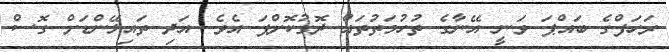
ރަހަފްގެ ބައްޕަ ވަނީ އޭނާގެ ތުހުމަތުތައް ދޮގުކޮށްފަ އެވެ. އަދި ތައިލޭންޑަށް ގޮސް